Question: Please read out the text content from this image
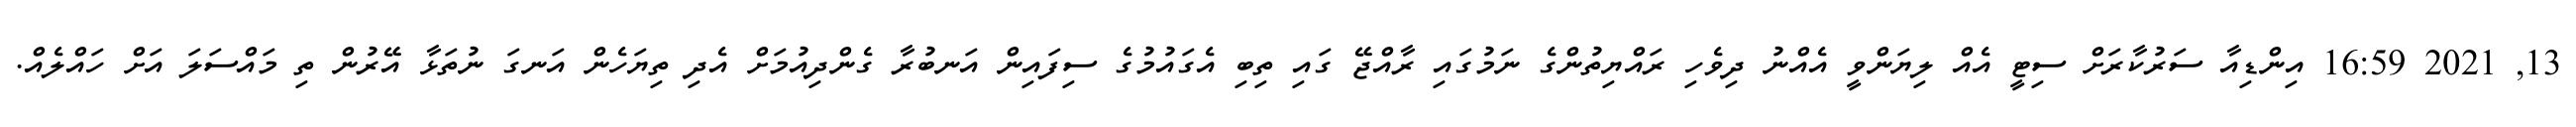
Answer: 13, 2021 16:59 އިންޑިއާ ސަރުކާރަށް ސިޓީ އެއް ލިޔަންވީ އެއްނު ދިވެހި ރައްޔިތުންގެ ނަމުގައި ރާއްޖޭ ގައި ތިބި އެގައުމުގެ ސިފައިން އަނބުރާ ގެންދިއުމަށް އެދި ތިޔަހެން އަނގަ ނުތަޅާ އޭރުން ތި މައްސަލަ އަށް ހައްލެއް.